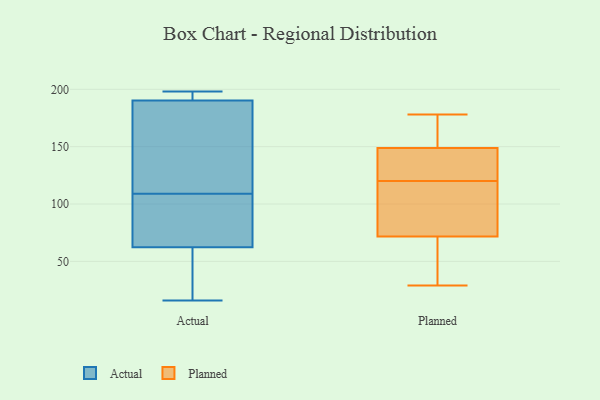
{"axis": {"x": "Page Views", "y": "Value"}, "legend": ["Actual", "Planned"], "data": [{"x": "", "y": 198, "type": "Actual"}, {"x": "", "y": 104, "type": "Actual"}, {"x": "", "y": 194, "type": "Actual"}, {"x": "", "y": 189, "type": "Actual"}, {"x": "", "y": 49, "type": "Actual"}, {"x": "", "y": 60, "type": "Actual"}, {"x": "", "y": 16, "type": "Actual"}, {"x": "", "y": 63, "type": "Actual"}, {"x": "", "y": 179, "type": "Actual"}, {"x": "", "y": 198, "type": "Actual"}, {"x": "", "y": 109, "type": "Actual"}, {"x": "", "y": 84, "type": "Actual"}, {"x": "", "y": 172, "type": "Actual"}, {"x": "", "y": 120, "type": "Planned"}, {"x": "", "y": 133, "type": "Planned"}, {"x": "", "y": 149, "type": "Planned"}, {"x": "", "y": 67, "type": "Planned"}, {"x": "", "y": 155, "type": "Planned"}, {"x": "", "y": 100, "type": "Planned"}, {"x": "", "y": 29, "type": "Planned"}, {"x": "", "y": 148, "type": "Planned"}, {"x": "", "y": 178, "type": "Planned"}, {"x": "", "y": 163, "type": "Planned"}, {"x": "", "y": 115, "type": "Planned"}, {"x": "", "y": 126, "type": "Planned"}, {"x": "", "y": 68, "type": "Planned"}, {"x": "", "y": 50, "type": "Planned"}, {"x": "", "y": 83, "type": "Planned"}]}